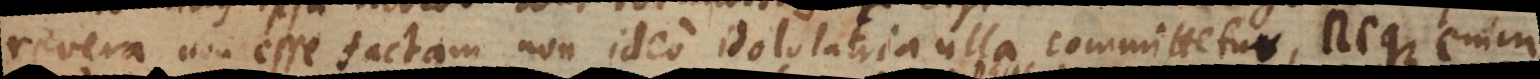
revera non esse factam, non ideo idololatria ulla committetur, neque enim